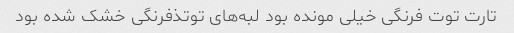
تارت توت فرنگی خیلی مونده بود لبه‌های توتذفرنگی خشک شده بود